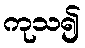
ကုသ၍